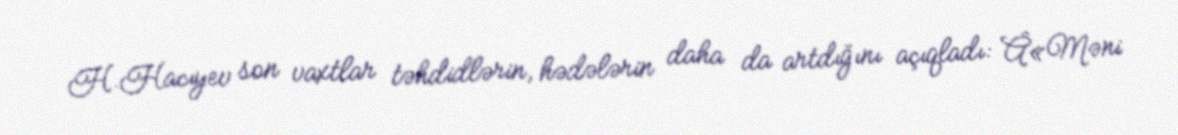
H.Hacıyev son vaxtlar təhdidlərin, hədələrin daha da artdığını açıqladı: Â«Məni